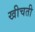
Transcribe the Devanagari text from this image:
खीचती